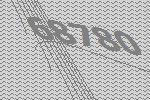
68780